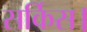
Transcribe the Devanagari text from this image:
सर्किस।